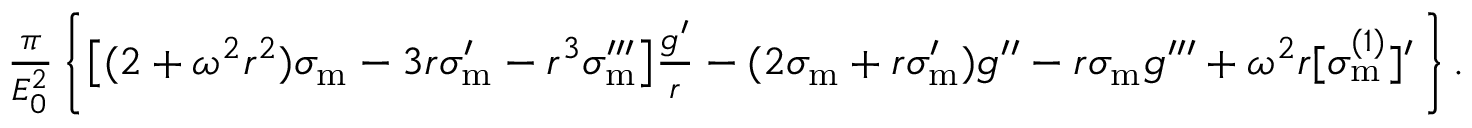
\begin{array} { r } { \frac { \pi } { E _ { 0 } ^ { 2 } } \left\{ \big [ ( 2 + \omega ^ { 2 } r ^ { 2 } ) \sigma _ { \mathrm { m } } - 3 r \sigma _ { \mathrm { m } } ^ { \prime } - r ^ { 3 } \sigma _ { \mathrm { m } } ^ { \prime \prime \prime } \big ] \frac { g ^ { \prime } } { r } - ( 2 \sigma _ { \mathrm { m } } + r \sigma _ { \mathrm { m } } ^ { \prime } ) g ^ { \prime \prime } - r \sigma _ { \mathrm { m } } g ^ { \prime \prime \prime } + \omega ^ { 2 } r [ \sigma _ { \mathrm { m } } ^ { ( 1 ) } ] ^ { \prime } \, \right\} . } \end{array}